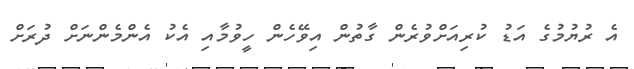
އެ ރުޔުމުގެ އަޑު ކުރިއަށްވުރެން ގާތުން އިވޭހެން ހީވުމާއި އެކު އެންމެންނަށް ދުރަށް